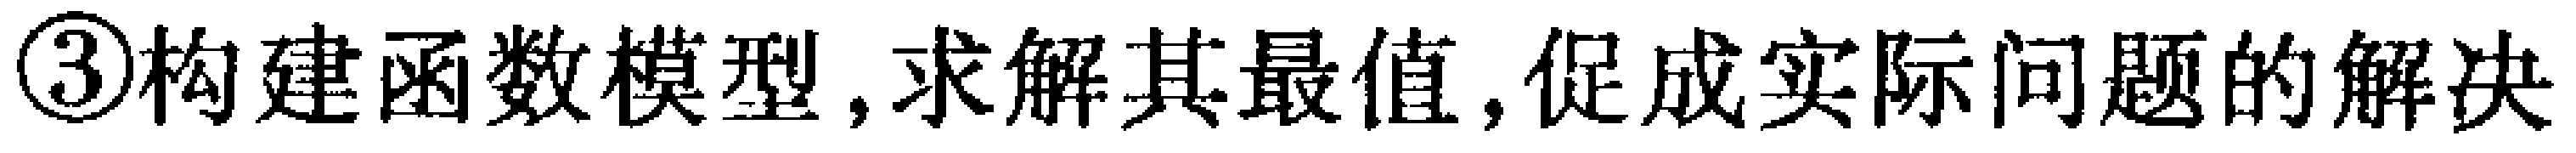
\textcircled{3}构建函数模型,求解其最值,促成实际问题的解决